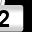
Digit: 2